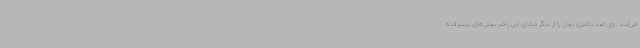
می‌آیند. وی ضد باکتری بودن را از دیگر مزایای این زخم پوش‌های پیشرفته